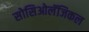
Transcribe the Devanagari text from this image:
सोसिओलॅजिकल